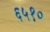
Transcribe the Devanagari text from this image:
६५१०